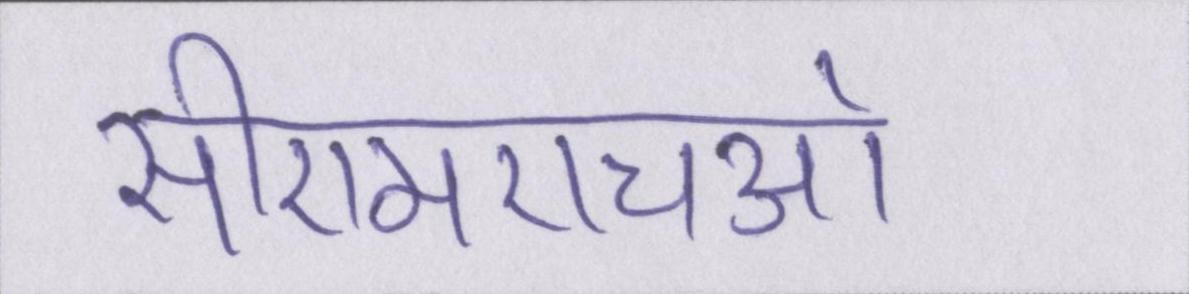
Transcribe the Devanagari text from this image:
सीएमएचओ